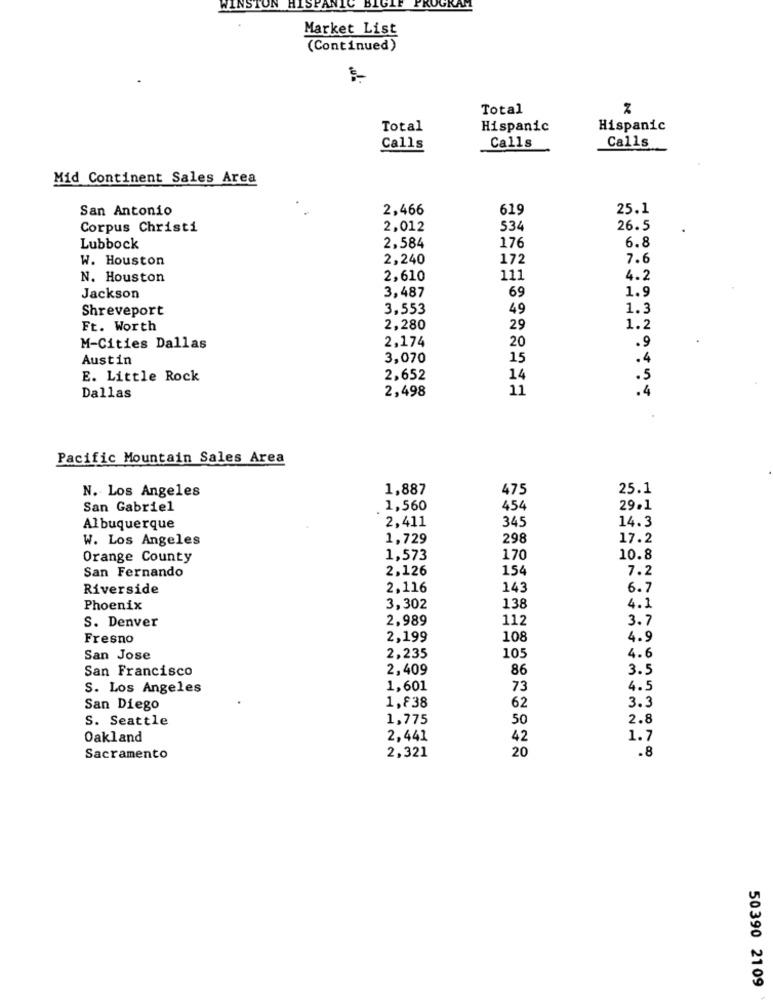
WINSTON
HISPANIC BI
KAH
Market List
(Continued)
Total
Total
Hispanic
Hispanic
Calls
Calls
Calls
Mid Continent Sales Area
San Antonio
2,466
619
25.1
Corpus Christi
2,012
534
26.5
176
Lubbock
2,584
6.8
W. Houston
2,240
172
7.6
N. Houston
2,610
111
4.2
69
1.9
Jackson
3,487
Shreveport
3,553
49
1.3
Ft. Worth
2,280
29
1.2
2,174
M-Cities Dallas
20
.9
Austin
3,070
15
. 4
E. Little Rock
2,652
14
.5
2,498
11
.4
Dallas
Pacific Mountain Sales Area
N. Los Angeles
1,887
475
25.1
San Gabriel
1,560
454
29.1
2,411
345
14.3
Albuquerque
W. Los Angeles
1,729
298
17.2
Orange County
1,573
170
10.8
2,126
154
7.2
San Fernando
Riverside
2,116
143
6.7
Phoenix
3,302
138
4.1
S. Denver
2,989
112
3.7
Fresno
2,199
108
4.9
105
San Jose
2,235
4.6
San Francisco
2,409
86
3.5
S. Los Angeles
1,601
73
4.5
1,838
San Diego
62
3.3
S. Seattle
1,775
50
2.8
Oakland
2,441
42
1.7
2,321
20
.8
Sacramento
50390 2109